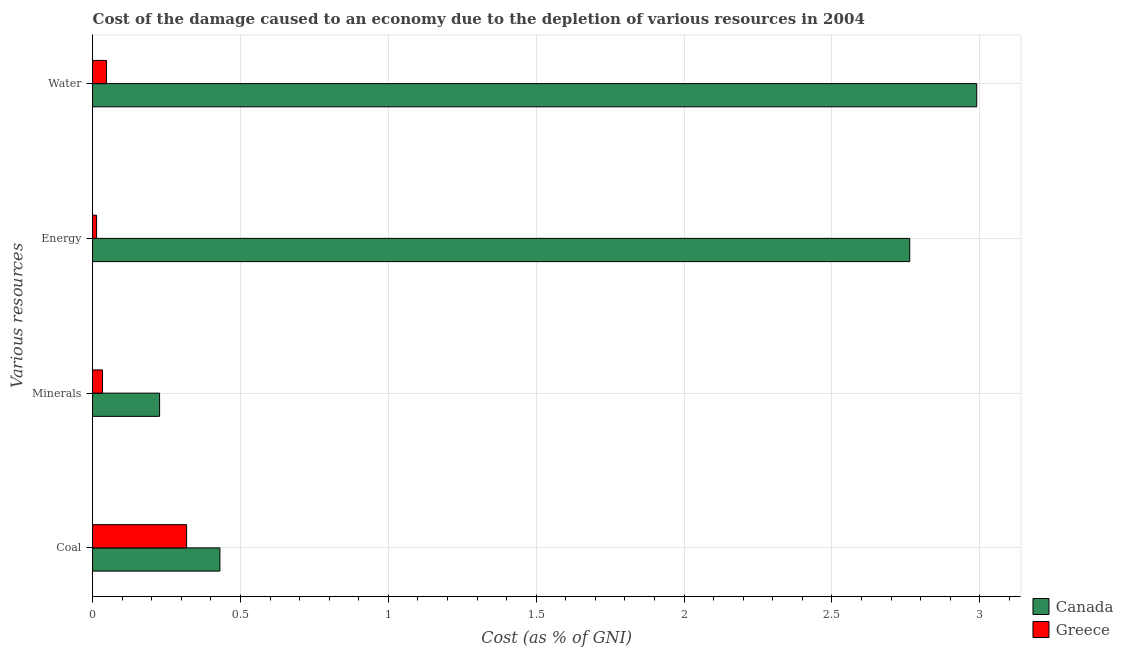
| Various resources | Canada | Greece |
 | --- | --- | --- |
 | Coal | 0.431 | 0.318 |
 | Minerals | 0.227 | 0.0336 |
 | Energy | 2.76 | 0.0136 |
 | Water | 2.99 | 0.0472 |